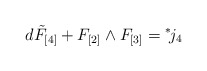
\begin{align*}d \tilde F_{[4]} + F_{[2]} \wedge F_{[3]} ={}^*\! j_{4}\end{align*}